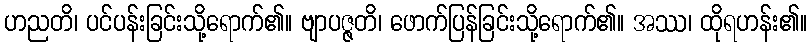
ဟညတိ၊ ပင်ပန်းခြင်းသို့ရောက်၏။ ဗျာပဇ္ဇတိ၊ ဖောက်ပြန်ခြင်းသို့ရောက်၏။ အဿ၊ ထိုရဟန်း၏။